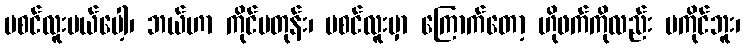
မစင်လူးမယ်ပေါ့၊ ဘယ်ဟာ ကိုင်မတုန်း၊ မစင်လူးမှာ ကြောက်တော့ ဟိုဖက်ကိုလည်း မကိုင်ဘူး၊